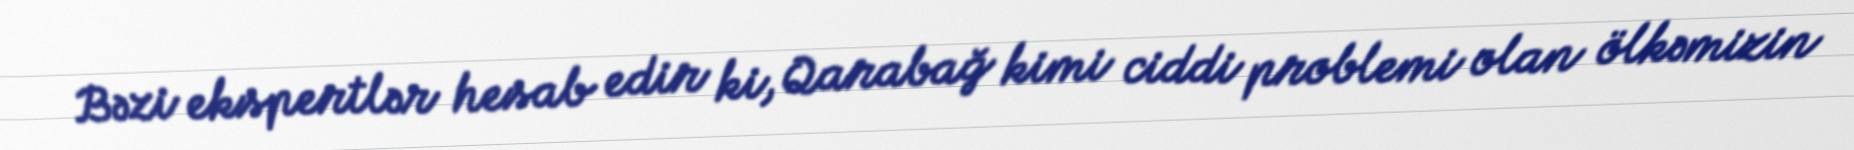
Bəzi ekspertlər hesab edir ki, Qarabağ kimi ciddi problemi olan ölkəmizin